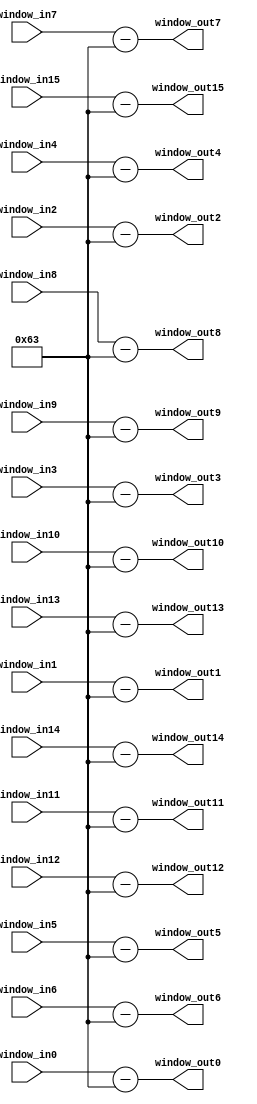
`timescale 1ns / 1ps
//////////////////////////////////////////////////////////////////////////////////
// Company: 
// Engineer: 
// 
// Design Name: 
// Module Name: subtractor16in
// Project Name: 
// Target Devices: 
// Tool Versions: 
// Description: 
// 
// Dependencies: 
// 
// Revision:
// Revision 0.01 - File Created
// Additional Comments:
// 
//////////////////////////////////////////////////////////////////////////////////


module subtractor16in #(
    parameter DATA_WIDTH = 16)
    (
    input [DATA_WIDTH-1:0] window_in0,
    input [DATA_WIDTH-1:0] window_in1,
    input [DATA_WIDTH-1:0] window_in2,
    input [DATA_WIDTH-1:0] window_in3,
    input [DATA_WIDTH-1:0] window_in4,
    input [DATA_WIDTH-1:0] window_in5,
    input [DATA_WIDTH-1:0] window_in6,
    input [DATA_WIDTH-1:0] window_in7,
    input [DATA_WIDTH-1:0] window_in8,
    input [DATA_WIDTH-1:0] window_in9,
    input [DATA_WIDTH-1:0] window_in10,
    input [DATA_WIDTH-1:0] window_in11,
    input [DATA_WIDTH-1:0] window_in12,
    input [DATA_WIDTH-1:0] window_in13,
    input [DATA_WIDTH-1:0] window_in14,
    input [DATA_WIDTH-1:0] window_in15,
    
    output reg [DATA_WIDTH-1:0] window_out0,
    output reg [DATA_WIDTH-1:0] window_out1,
    output reg [DATA_WIDTH-1:0] window_out2,
    output reg [DATA_WIDTH-1:0] window_out3,
    output reg [DATA_WIDTH-1:0] window_out4,
    output reg [DATA_WIDTH-1:0] window_out5,
    output reg [DATA_WIDTH-1:0] window_out6,
    output reg [DATA_WIDTH-1:0] window_out7,
    output reg [DATA_WIDTH-1:0] window_out8,
    output reg [DATA_WIDTH-1:0] window_out9,
    output reg [DATA_WIDTH-1:0] window_out10,
    output reg [DATA_WIDTH-1:0] window_out11,
    output reg [DATA_WIDTH-1:0] window_out12,
    output reg [DATA_WIDTH-1:0] window_out13,
    output reg [DATA_WIDTH-1:0] window_out14,
    output reg [DATA_WIDTH-1:0] window_out15 
    );
    
    always @(*) begin 
        window_out0 <= window_in0 - 99;
        window_out1 <= window_in1 - 99;
        window_out2 <= window_in2 - 99;
        window_out3 <= window_in3 - 99;
        window_out4 <= window_in4 - 99;
        window_out5 <= window_in5 - 99;
        window_out6 <= window_in6 - 99;
        window_out7 <= window_in7 - 99;
        window_out8 <= window_in8 - 99;
        window_out9 <= window_in9 - 99;
        window_out10 <= window_in10 - 99;
        window_out11 <= window_in11 - 99;
        window_out12 <= window_in12 - 99;
        window_out13 <= window_in13 - 99;
        window_out14 <= window_in14 - 99;
        window_out15 <= window_in15 - 99;
    end
    
endmodule